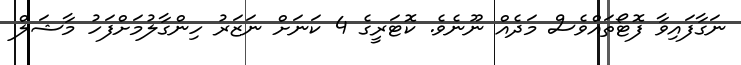
ނަގާފައިވާ ފޮޓޯތައްވެސް މަދެއް ނޫނެވެ. ކޮޓަރީގެ 4 ކަނަށް ނަޒަރު ހިންގާލުމަށްފަހު މާޝަލް